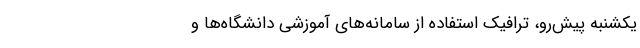
یکشنبه‌ پیش‌رو، ترافیک استفاده از سامانه‌های آموزشی دانشگاه‌ها و